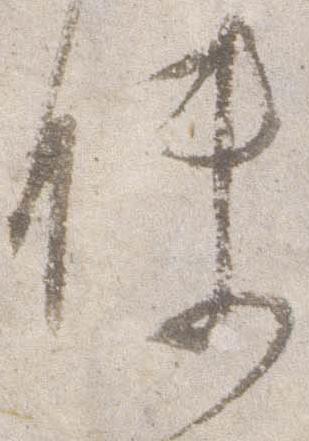
使